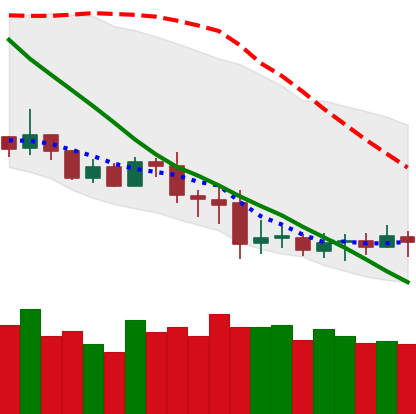
Ticker: XRP-USD
Chart end date: 2020-07-05
Forward return: 12.222%
Label: up_7plus